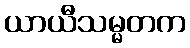
ယာယီသမ္မတက